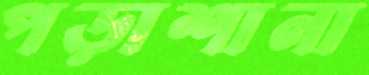
পড়াশানা